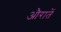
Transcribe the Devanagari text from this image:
औरातें